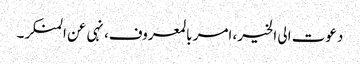
دعوت الی الخیر، امر بالمعروف، نہی عن المنکر۔